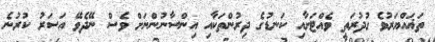
ތަޣައްޔަރުވެ ގުދުރަތީ ވެއްޓަށާއި ކަނޑުގެ ދިރުންތަކާއި އިންސާނުންނަށް ވެސް ނޭދެވޭ އަސަރު ކުރުނެ